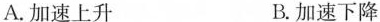
A.加速上升 B.加速下降